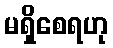
မရှိစေရဟု